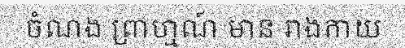
ចំណង ព្រាហ្មណ៍ មាន រាងកាយ